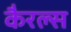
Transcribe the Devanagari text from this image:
कैरल्स